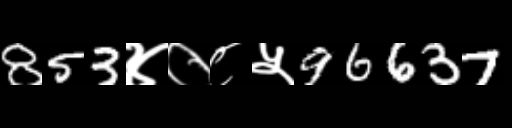
Text: 853४०८५96637